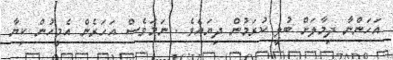
އަހަންނާ ދިމާލަށް ބުލީ ކުރަމުން ދިޔައެވެ . ނަމަވެސް އަހަރެން އެމީހުން ކިޔާ